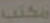
مكتب